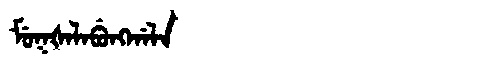
Manchu: ᠮᡠᡴᡧᠠᠯᠠᠪᡠᠩᡤᠠᠯᠠ
Romanization: MUKŠALABUNGGALA